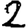
Digit: 2